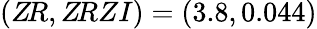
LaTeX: (Z\! R,Z\! RZI)=(3.8,0.044)